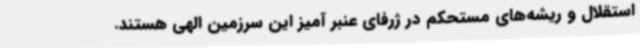
استقلال و ریشه‌های مستحکم در ژرفای عنبر آمیز این سرزمین الهی هستند.